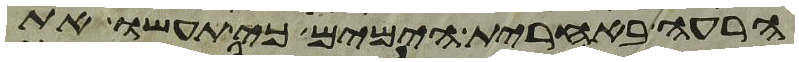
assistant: הרעה באחרית הימים כי תעשו את